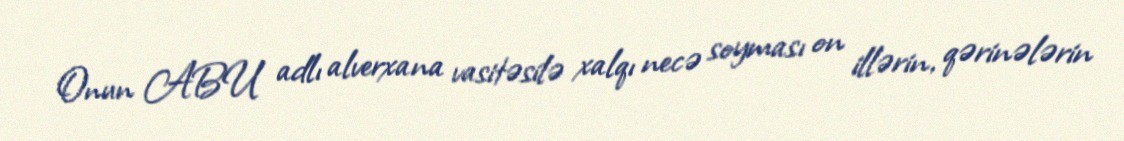
Onun ABU adlı alverxana vasitəsilə xalqı necə soyması on illərin, qərinələrin